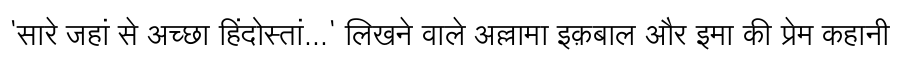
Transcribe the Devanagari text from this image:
'सारे जहां से अच्छा हिंदोस्तां...' लिखने वाले अल्लामा इक़बाल और इमा की प्रेम कहानी